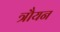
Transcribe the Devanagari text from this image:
त्रौयन